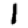
Digit: 1